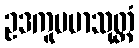
ဥဒကူပမာသုတ္တံ